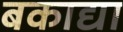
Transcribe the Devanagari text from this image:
बकाद्या